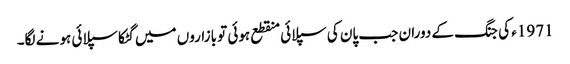
1971ء کی جنگ کے دوران جب پان کی سپلائی منقطع ہوئی تو بازاروں میں گٹکا سپلائی ہونے لگا۔